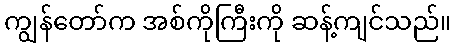
ကျွန်တော်က အစ်ကိုကြီးကို ဆန့်ကျင်သည်။